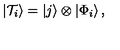
\left| { \cal T } _ { i } \right> = \left| j \right> \otimes \left| \Phi _ { i } \right> ,